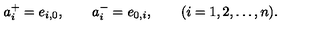
a _ { i } ^ { + } = e _ { i , 0 } , \qquad a _ { i } ^ { - } = e _ { 0 , i } , \qquad ( i = 1 , 2 , \ldots , n ) .